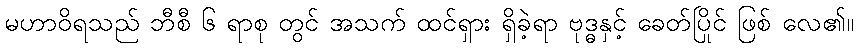
မဟာဝိရသည် ဘီစီ ၆ ရာစု တွင် အသက် ထင်ရှား ရှိခဲ့ရာ ဗုဒ္ဓနှင့် ခေတ်ပြိုင် ဖြစ် လေ၏။